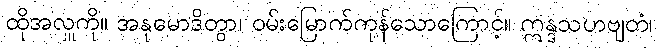
ထိုအလှူကို။ အနုမောဒိတွာ၊ ဝမ်းမြောက်ကုန်သောကြောင့်။ ဣန္ဒသဟဗျတံ၊